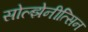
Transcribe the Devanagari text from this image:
सोल्झेनीत्सिन